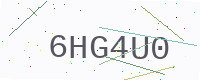
Text: 6HG4U0